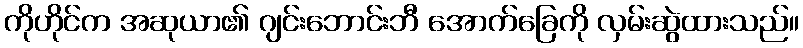
ကိုဟိုင်က အဆုယာ၏ ဂျင်းဘောင်းဘီ အောက်ခြေကို လှမ်းဆွဲထားသည်။